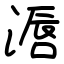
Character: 滣